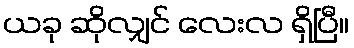
ယခု ဆိုလျှင် လေးလ ရှိပြီ။